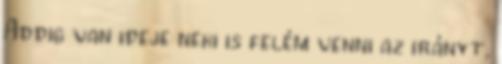
Addig van ideje neki is felém venni az irányt,